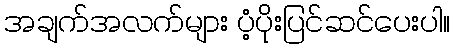
အချက်အလက်များ ပံ့ပိုးပြင်ဆင်ပေးပါ။